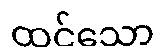
ထင်သော